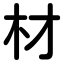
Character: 材